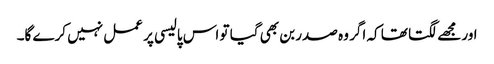
اور مجھے لگتا تھا کہ اگر وہ صدر بن بھی گیا تو اس پالیسی پر عمل نہیں کرے گا۔